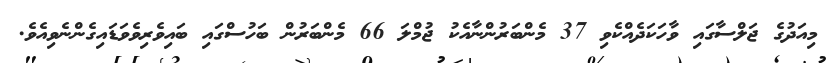
މިއަދުގެ ޖަލްސާގައި ވާހަކަދެއްކެވި 37 މެންބަރުންނާއެކު ޖުމްލަ 66 މެންބަރުން ބަހުސްގައި ބައިވެރިވެވަޑައިގެންނެވިއެވެ.